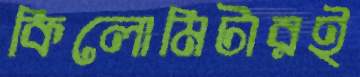
কিলোমিটারই